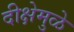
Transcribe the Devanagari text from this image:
दीक्षेमुळे